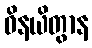
ဝိနယိတွာန